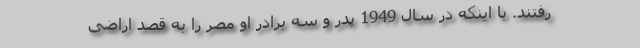
رفتند. با اینکه در سال 1949 پدر و سه برادر او مصر را به قصد اراضی